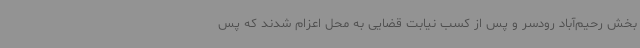
بخش رحیم‌آباد رودسر و پس از کسب نیابت قضایی به محل اعزام شدند که پس